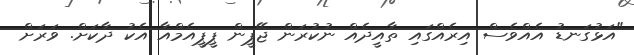
"އަޅުގަނޑު އެއްވެސް އިރެއްގައި ތާއީދެއް ނުކުރަން ޖޭޕީން ޕީޕީއެމްއާ އެކު ދާކަށް. ވަރަށް